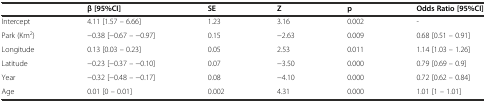
|  | β [95%CI] | SE | Z | p | Odds Ratio [95%CI] |
 | --- | --- | --- | --- | --- | --- |
 | Intercept | 4.11 [1.57 – 6.66] | 1.23 | 3.16 | 0.002 | - |
 | Park (Km2) | −0.38 [−0.67 – −0.97] | 0.15 | −2.63 | 0.009 | 0.68 [0.51 – 0.91] |
 | Longitude | 0.13 [0.03 – 0.23] | 0.05 | 2.53 | 0.011 | 1.14 [1.03 – 1.26] |
 | Latitude | −0.23 [−0.37 – −0.10] | 0.07 | −3.50 | 0.000 | 0.79 [0.69 – 0.9] |
 | Year | −0.32 [−0.48 – −0.17] | 0.08 | −4.10 | 0.000 | 0.72 [0.62 – 0.84] |
 | Age | 0.01 [0 – 0.01] | 0.002 | 4.31 | 0.000 | 1.01 [1 – 1.01] |